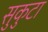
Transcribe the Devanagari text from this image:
सुकुटा